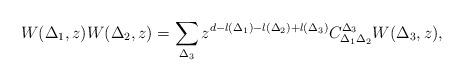
LaTeX: \begin{align*} {W(\Delta_1,z) W(\Delta_2,z) = \sum_{\Delta_3}z^{d-l(\Delta_1)-l(\Delta_2)+l(\Delta_3)}C_{\Delta_1\Delta_2}^{\Delta_3} W(\Delta_3,z) },\end{align*}